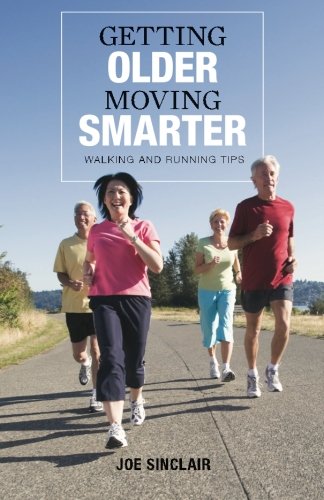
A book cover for Getting Older - Moving Smarter: Walking and Running Tips; Joe Sinclair; Health, Fitness & Dieting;